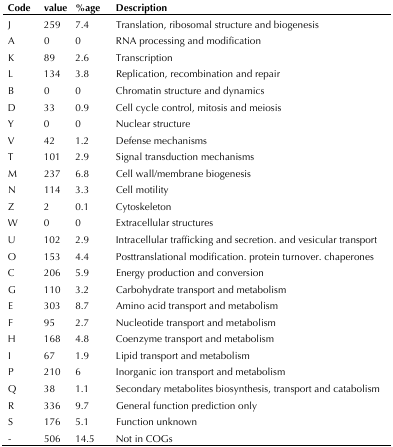
| Code | value | %age | Description |
 | --- | --- | --- | --- |
 | J | 259 | 7.4 | Translation, ribosomal structure and biogenesis |
 | A | 0 | 0 | RNA processing and modification |
 | K | 89 | 2.6 | Transcription |
 | L | 134 | 3.8 | Replication, recombination and repair |
 | B | 0 | 0 | Chromatin structure and dynamics |
 | D | 33 | 0.9 | Cell cycle control, mitosis and meiosis |
 | Y | 0 | 0 | Nuclear structure |
 | V | 42 | 1.2 | Defense mechanisms |
 | T | 101 | 2.9 | Signal transduction mechanisms |
 | M | 237 | 6.8 | Cell wall/membrane biogenesis |
 | N | 114 | 3.3 | Cell motility |
 | Z | 2 | 0.1 | Cytoskeleton |
 | W | 0 | 0 | Extracellular structures |
 | U | 102 | 2.9 | Intracellular trafficking and secretion. and vesicular transport |
 | O | 153 | 4.4 | Posttranslational modification. protein turnover. chaperones |
 | C | 206 | 5.9 | Energy production and conversion |
 | G | 110 | 3.2 | Carbohydrate transport and metabolism |
 | E | 303 | 8.7 | Amino acid transport and metabolism |
 | F | 95 | 2.7 | Nucleotide transport and metabolism |
 | H | 168 | 4.8 | Coenzyme transport and metabolism |
 | I | 67 | 1.9 | Lipid transport and metabolism |
 | P | 210 | 6 | Inorganic ion transport and metabolism |
 | Q | 38 | 1.1 | Secondary metabolites biosynthesis, transport and catabolism |
 | R | 336 | 9.7 | General function prediction only |
 | S | 176 | 5.1 | Function unknown |
 | - | 506 | 14.5 | Not in COGs |